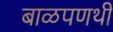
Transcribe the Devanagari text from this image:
बाळपणथी